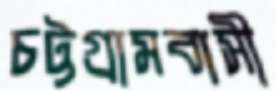
চট্টগ্রামবাসী